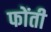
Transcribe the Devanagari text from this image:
फोंती